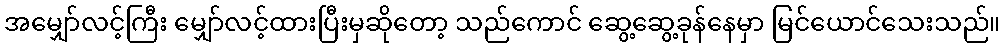
အမျှော်လင့်ကြီး မျှော်လင့်ထားပြီးမှဆိုတော့ သည်ကောင် ဆွေ့ဆွေ့ခုန်နေမှာ မြင်ယောင်သေးသည်။